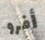
أفرو